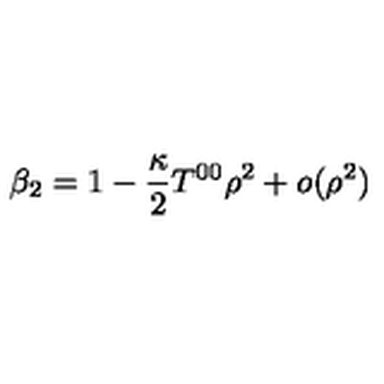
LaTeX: \beta _ { 2 } = 1 - { \frac { \kappa } { 2 } } T ^ { 0 0 } \rho ^ { 2 } + o ( \rho ^ { 2 } )